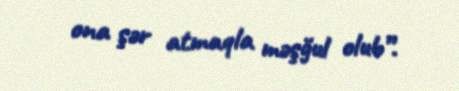
ona şər atmaqla məşğul olub”.